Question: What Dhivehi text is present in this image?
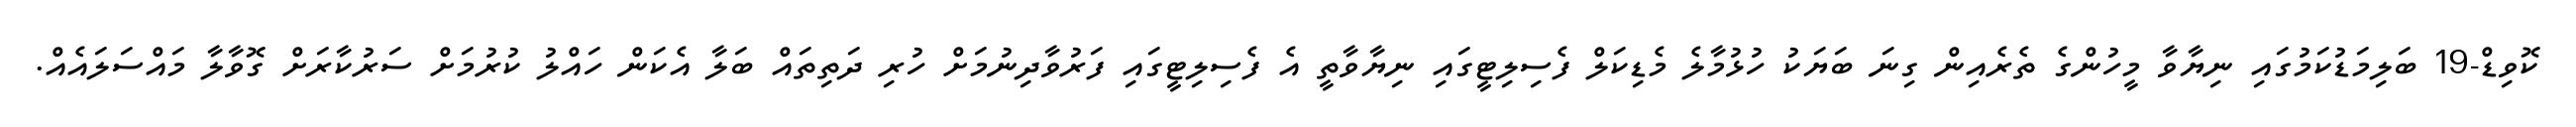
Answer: ކޮވިޑް-19 ބަލިމަޑުކަމުގައި ނިޔާވާ މީހުންގެ ތެރެއިން ގިނަ ބަޔަކު ހުޅުމާލެ މެޑިކަލް ފެސިލިޓީގައި ނިޔާވާތީ އެ ފެސިލިޓީގައި ފަރުވާދިނުމަށް ހުރި ދަތިތައް ބަލާ އެކަން ހައްލު ކުރުމަށް ސަރުކާރަށް ގޮވާލާ މައްސަލައެއް.